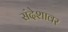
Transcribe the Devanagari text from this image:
संदेशावर